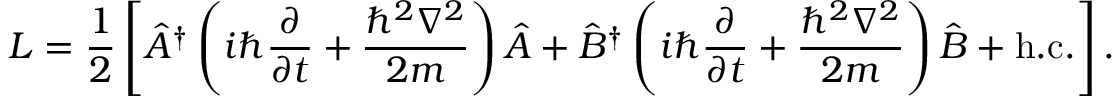
L = { \frac { 1 } { 2 } } \left[ { \hat { A } } ^ { \dagger } \left( i \hbar { \frac { \partial } { \partial t } } + { \frac { \hbar ^ { 2 } \nabla ^ { 2 } } { 2 m } } \right) { \hat { A } } + { \hat { B } } ^ { \dagger } \left( i \hbar { \frac { \partial } { \partial t } } + { \frac { \hbar ^ { 2 } \nabla ^ { 2 } } { 2 m } } \right) { \hat { B } } + { \mathrm { h . c . } } \right] .